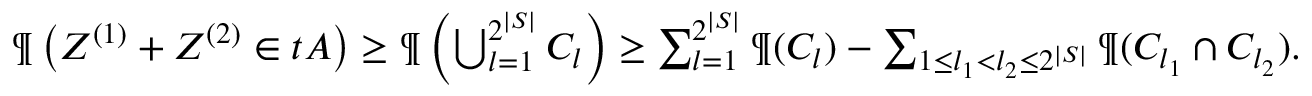
\begin{array} { r } { \P \left( \boldsymbol Z ^ { ( 1 ) } + \boldsymbol Z ^ { ( 2 ) } \in t A \right) \geq \P \left( \bigcup _ { l = 1 } ^ { 2 ^ { | S | } } C _ { l } \right) \geq \sum _ { l = 1 } ^ { 2 ^ { | S | } } \P ( C _ { l } ) - \sum _ { 1 \leq l _ { 1 } < l _ { 2 } \leq 2 ^ { | S | } } \P ( C _ { l _ { 1 } } \cap C _ { l _ { 2 } } ) . } \end{array}